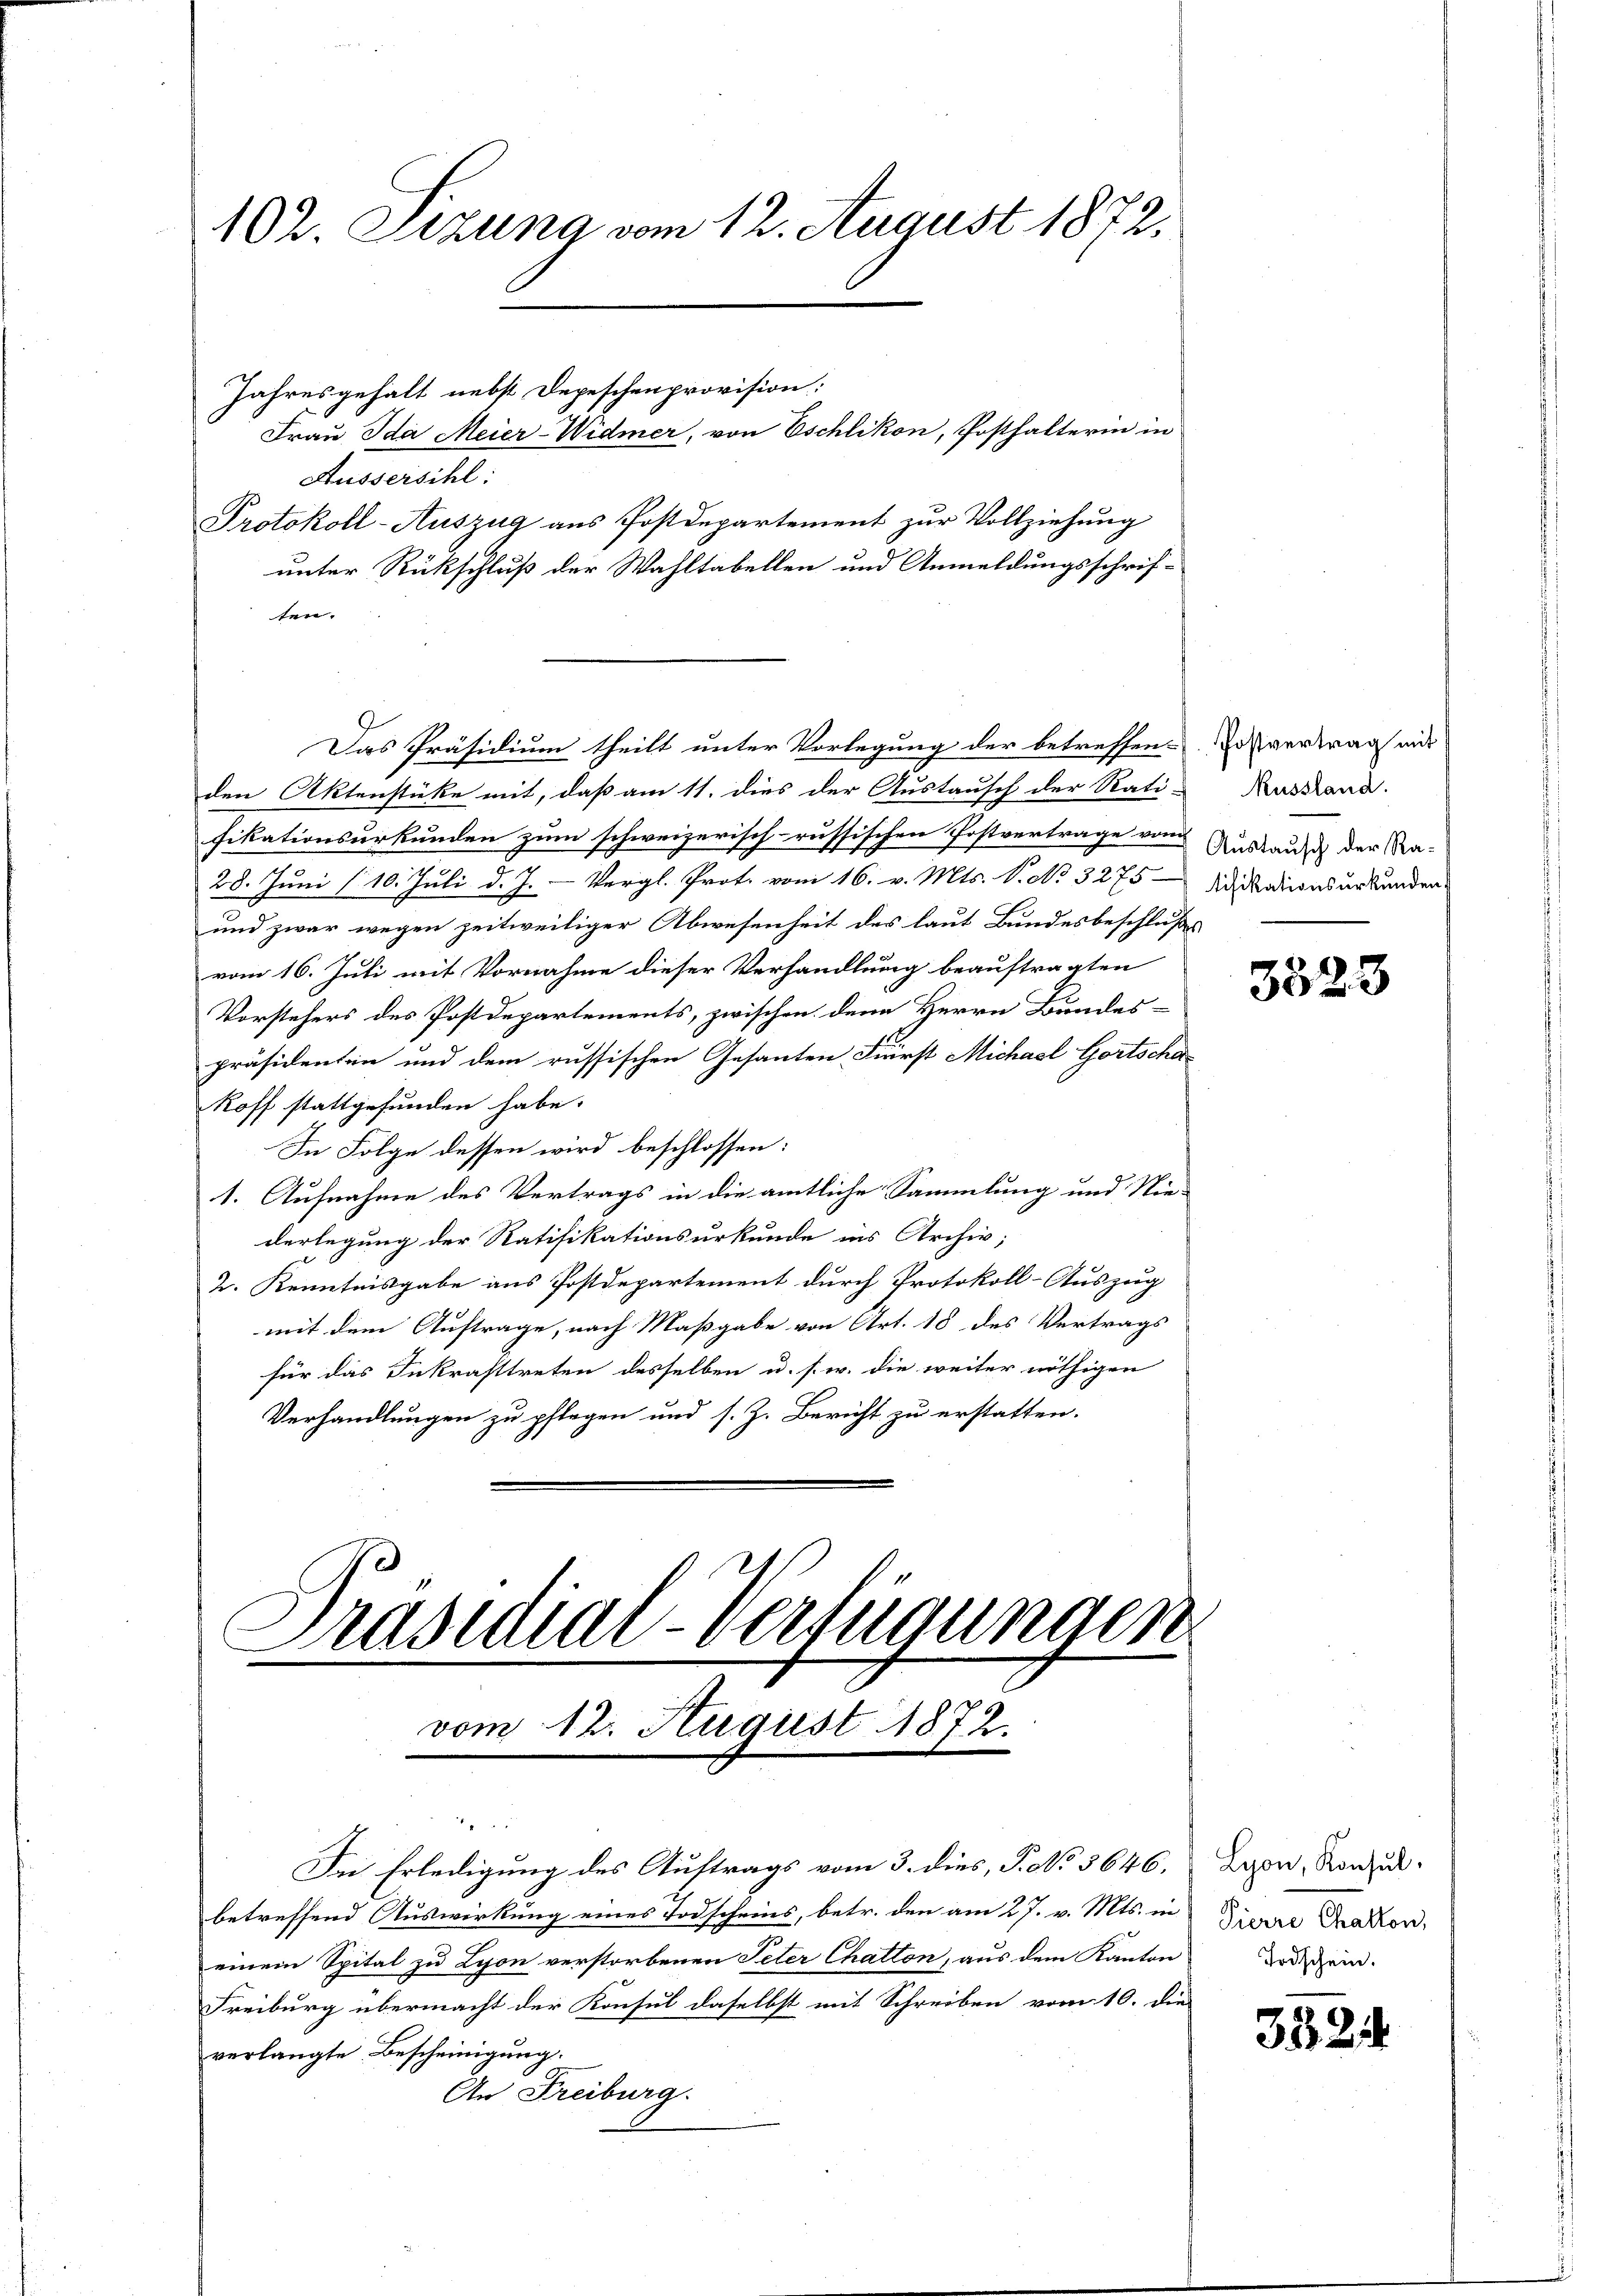
102. Sitzung vom 12. August 1872.

Jahresgehalt nebst Depeschenprovision:
Frau Ida Meier-Widmer, von Eschlikon, Posthalterin in
Äussersihl:
Protokoll-Auszug aus Postdepartement zur Vollziehung
unter Rückschluß der Wahltabellen und Anmeldungsschrif-
ten.
Das Präsidium theilt unter Vorlegung der betreffen. Er vertrag mit
den Aktenstüke mit, daß am 11. dies der Austausch der Rati-
fikationsurkunden zum schweizerisch-russischen Postvertrage vom Auskauf der Ka-
28. Juni /10. Juli d. J. Vergl. Prot. vom 16. v. Mts. S. No. 3275 - Sidikationsurkunden
und zwar wegen zeitweiliger Abwesenheit des laut Bundesbeschlußes
vom 16. Juli mit Vornahme dieser Verhandlung beauftragten
Vorstehers des Postdepartements, zwischen dem Herrn Bundes-
präsidenten und dem russischen Gesanten First Michael Gortscha¬
Roff stattgefunden habe.
In Folge dessen wird beschlossen:
1. Aufnahme des Vertrags in die amtliche Sammlung und Niederlegung der Ratifikationsurkunde ins Archiv;
2. Kenntnisgabe aus Postdepartement durch Protokoll-Auszug
mit dem Auftrage, nach Maßgabe von Art. 18 des Vertrags
für das Inkrafttreten desselben u. s. w. die weiter nöthigen
Verhandlungen zu pflegen und s. Z. Bericht zu erstatten.

Prastial-Verfügungen
d
vom 12. August 1872.

Die Erledigung des Auftrags vom 3. dies, P. No. 5646.
betreffend Auswirkung eines Todscheins, betr. den am 27. v. Mts. in
einem Spital zu Lyon verstorbenen Peter Chatten, aus dem Kanton
Freiburg übermacht der Konsul daselbst mit Schreiben vom 10. die
verlangte Bescheinigung.
An Freiburg.

Russland.

3523

Lyon, Konsul
Pierre Challon,
Todschein.

3324